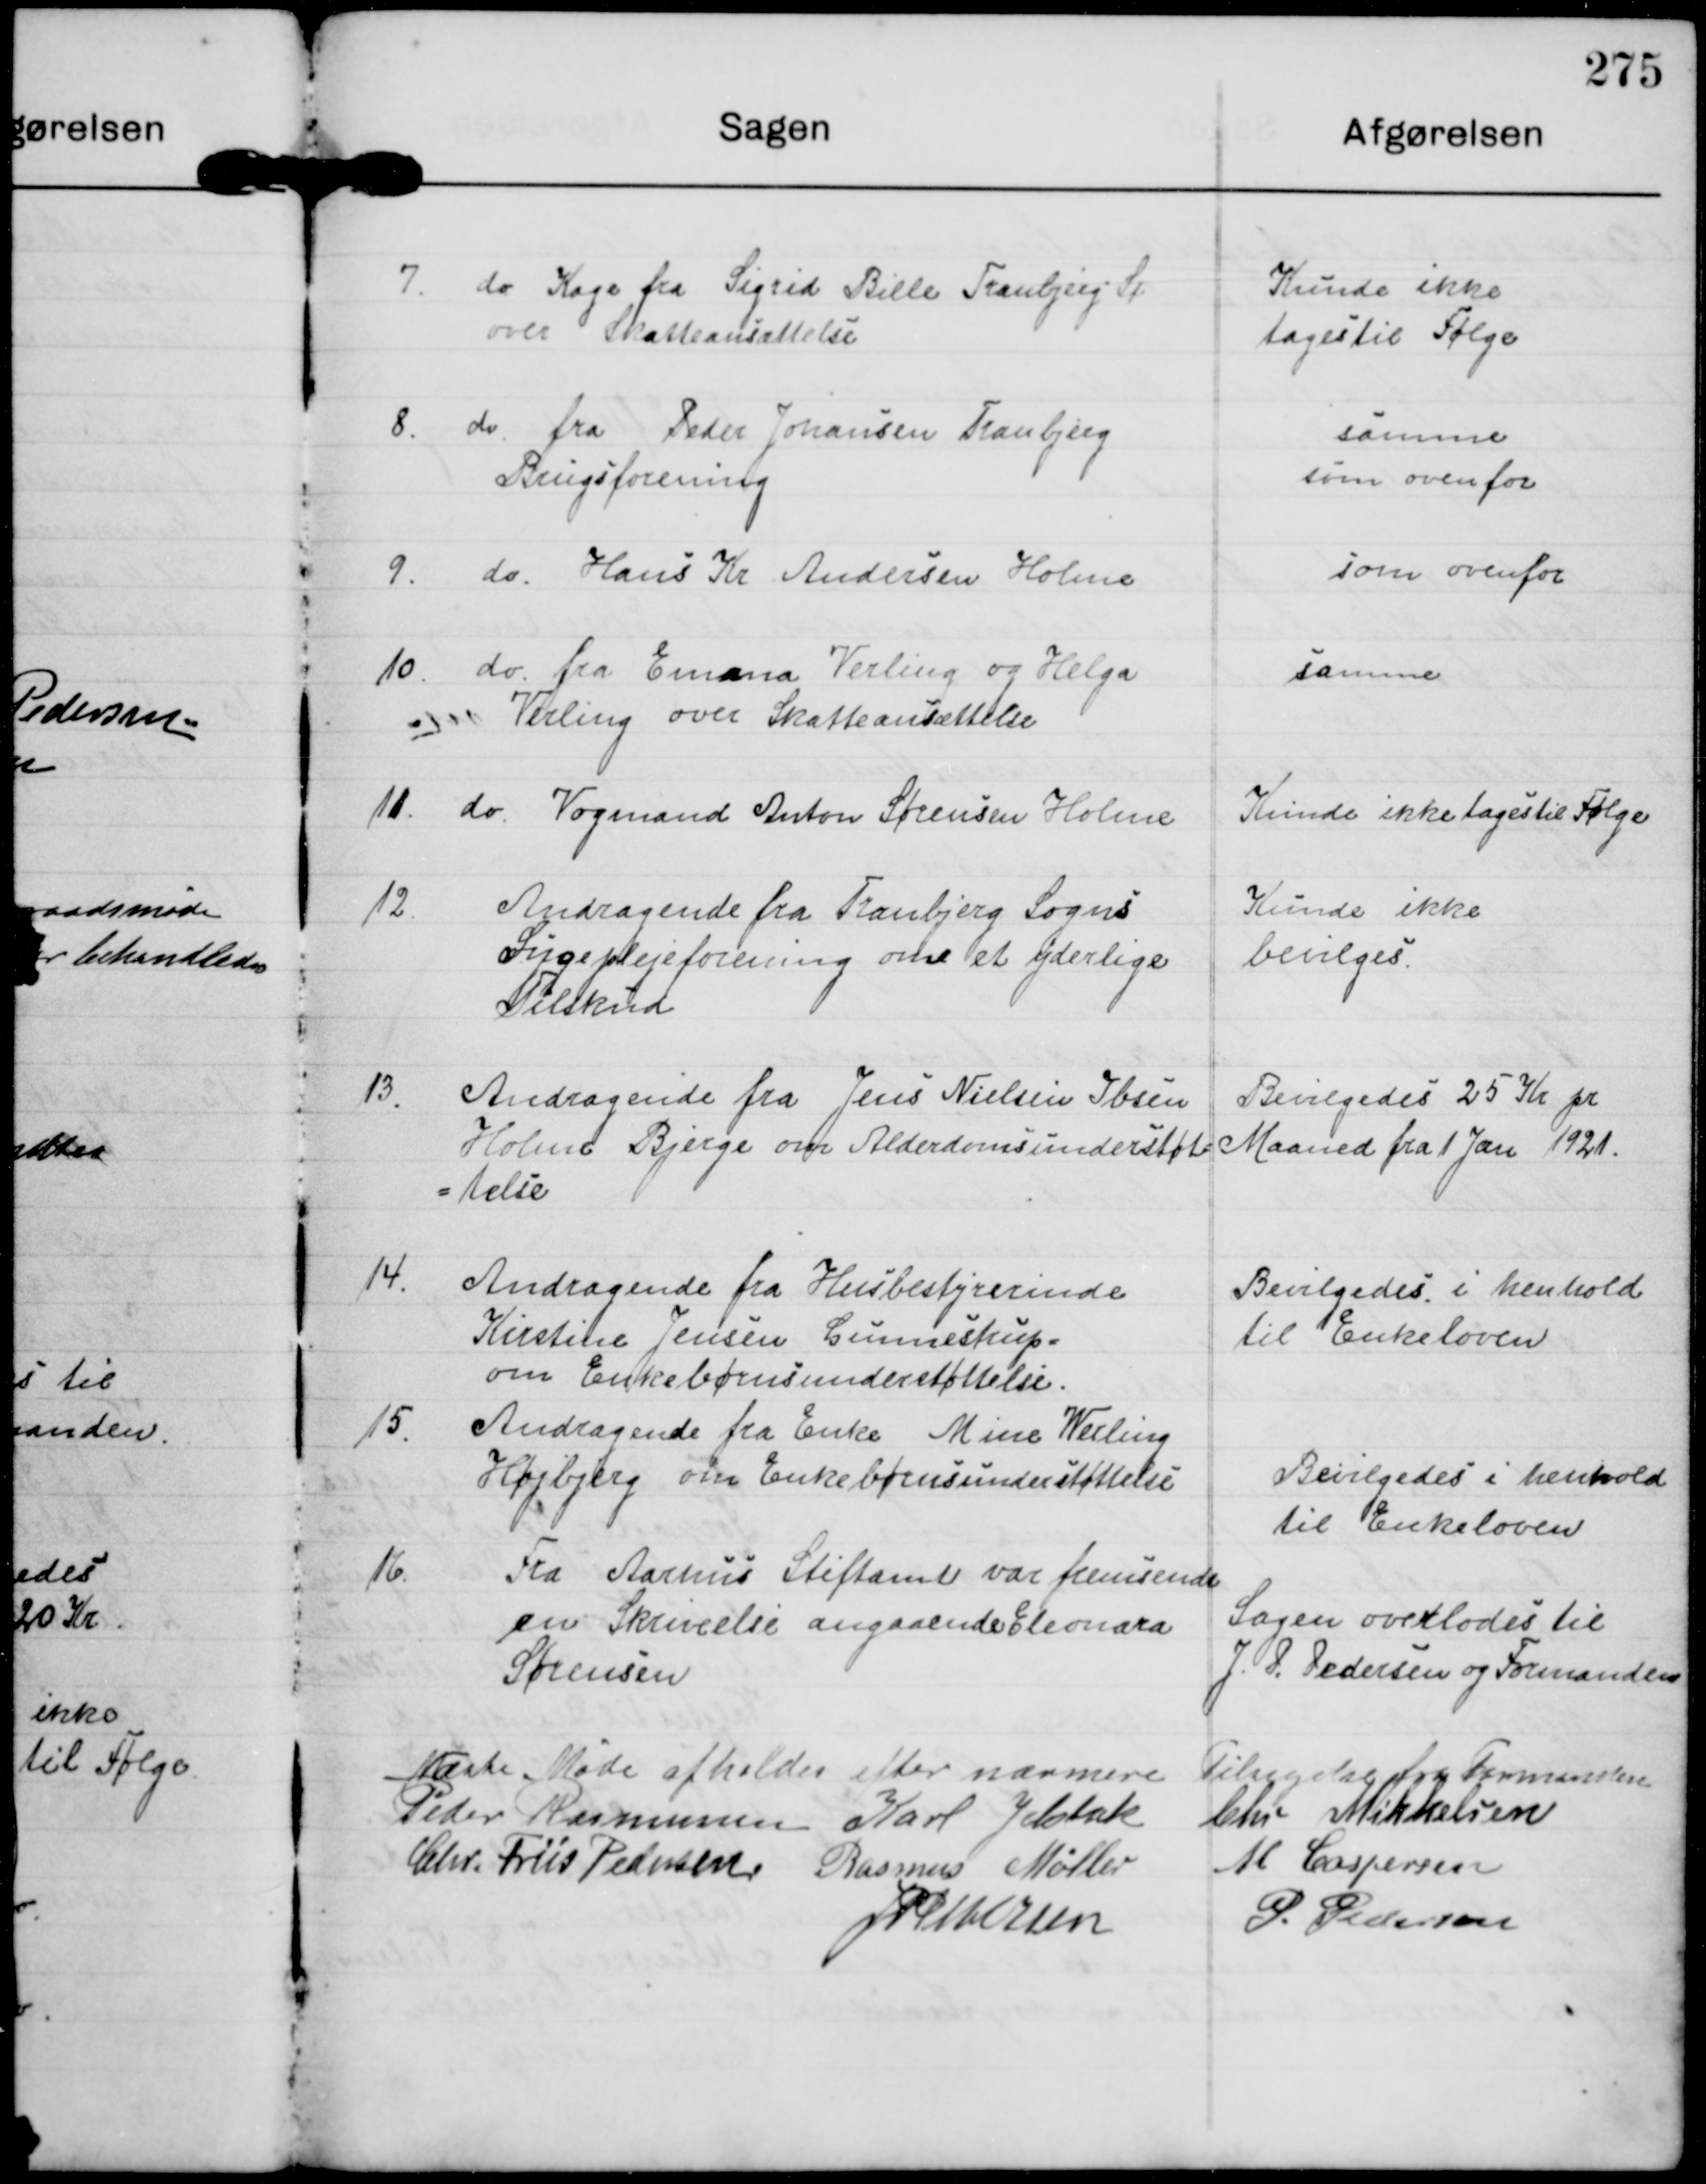
Transskription:
7.

do Kage fra Sigrid Bille Tranbjerg St
over Skatteansættelse

Kunde ikke
tages til Følge

8.

do fra Peder Johansen Tranbjerg
Brugsforening

samme
som ovenfor

9

do Hans Kr Andersen Holme

som ovenfor

10.

do fra Emma Verling og Helga
Verling over Skatteansættelse

samme

11.

do Vogmand Anton Sørensen Holme

Kunde ikke tages til Følge

12.

Andragende fra Tranbjerg Sogns
Sygeplejeforening om et yderlige
Tilskud

Kunde ikke
bevilges

13

Andragende fra Jens Nielsen Ibsen
Holme Bjerge om Alderdomsunderstøt-
telse

Bevilgedes 25 Kr pr
Maaned fra 1 Jan 1921

14

Andragende fra Husbestyrerinde
Kirstine Jensen Gunnestrup
om Enkebørnsunderstøttelse.

Bevilgedes i henhold
til Enkeloven

15

Andragende fra Enke Mine Weiling
Højbjerg om Enkebørnsunderstøttelse

Bevilgedes i henhold
til Enkeloven.

16

Fra Aarhus Stiftamt var fremsendt
en Skrivelse angaaende Eleonora
Sørensen

Sagen overlodes til
J. P. Pedersen og Formanden

Næste Møde afholdes efter nærmere Tilsigelse fra Formanden

Peder Rasmussen Karl Jelsbak Chr Mikkelsen
Chr. Friis Pedersen Rasmus Møller M Caspersen
J P Pedersen P. Pedersen